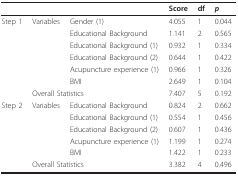
<table><thead><tr><td>[EMPTY_CELL]</td><td>[EMPTY_CELL]</td><td>[EMPTY_CELL]</td><td><b>Score</b></td><td><b>df</b></td><td><b><i>p</i></b></td></tr></thead><tbody><tr><td>Step 1</td><td>Variables</td><td>Gender (1)</td><td>4.055</td><td>1</td><td>0.044</td></tr><tr><td>[EMPTY_CELL]</td><td>[EMPTY_CELL]</td><td>Educational Background</td><td>1.141</td><td>2</td><td>0.565</td></tr><tr><td>[EMPTY_CELL]</td><td>[EMPTY_CELL]</td><td>Educational Background (1)</td><td>0.932</td><td>1</td><td>0.334</td></tr><tr><td>[EMPTY_CELL]</td><td>[EMPTY_CELL]</td><td>Educational Background (2)</td><td>0.644</td><td>1</td><td>0.422</td></tr><tr><td>[EMPTY_CELL]</td><td>[EMPTY_CELL]</td><td>Acupuncture experience (1)</td><td>0.966</td><td>1</td><td>0.326</td></tr><tr><td>[EMPTY_CELL]</td><td>[EMPTY_CELL]</td><td>BMI</td><td>2.649</td><td>1</td><td>0.104</td></tr><tr><td>[EMPTY_CELL]</td><td colspan="2">Overall Statistics</td><td>7.407</td><td>5</td><td>0.192</td></tr><tr><td>Step 2</td><td>Variables</td><td>Educational Background</td><td>0.824</td><td>2</td><td>0.662</td></tr><tr><td>[EMPTY_CELL]</td><td>[EMPTY_CELL]</td><td>Educational Background (1)</td><td>0.554</td><td>1</td><td>0.456</td></tr><tr><td>[EMPTY_CELL]</td><td>[EMPTY_CELL]</td><td>Educational Background (2)</td><td>0.607</td><td>1</td><td>0.436</td></tr><tr><td>[EMPTY_CELL]</td><td>[EMPTY_CELL]</td><td>Acupuncture experience (1)</td><td>1.199</td><td>1</td><td>0.274</td></tr><tr><td>[EMPTY_CELL]</td><td>[EMPTY_CELL]</td><td>BMI</td><td>1.422</td><td>1</td><td>0.233</td></tr><tr><td>[EMPTY_CELL]</td><td colspan="2">Overall Statistics</td><td>3.382</td><td>4</td><td>0.496</td></tr></tbody></table>